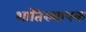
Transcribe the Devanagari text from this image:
शांतिस्थापक